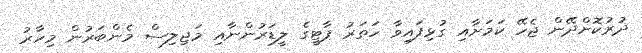
ދުރުކޮށްދޭން ޖެހޭ ކަމަށާއި ގުޅިފައިވާ ހަތަރު ޕާޓީގެ ލީޑަރުންނާއި މަޖިލިސް މެންބަރުން މިހާރު